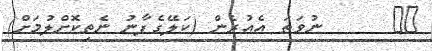
٧٩      ނުވަތަ އެއުރެން (ކަލޭގެފާނު ނެތިކޮށްލުމަށް)